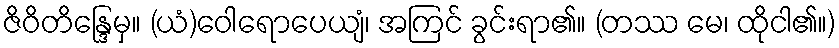
ဇိဝိတိန္ဒြေမှ။ (ယံ)ဝေါရောပေယျံ၊ အကြင် ခွင်းရာ၏။ (တဿ မေ၊ ထိုငါ၏။)